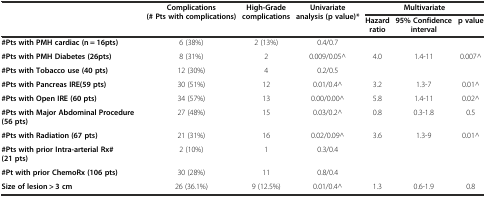
| <ROWSPAN=2>  | <ROWSPAN=2> Complications (# Pts with complications) | <ROWSPAN=2> High-Grade complications | <ROWSPAN=2> Univariate analysis (p value)* | <COLSPAN=3> Multivariate |
 | Hazard ratio | 95% Confidence interval | p value |
 | --- | --- | --- | --- | --- | --- | --- |
 | #Pts with PMH cardiac (n = 16pts) | 6 (38%) | 2 (13%) | 0.4/0.7 |  |  |  |
 | #Pts with PMH Diabetes (26pts) | 8 (31%) | 2 | 0.009/0.05^ | 4.0 | 1.4-11 | 0.007^ |
 | #Pts with Tobacco use (40 pts) | 12 (30%) | 4 | 0.2/0.5 |  |  |  |
 | #Pts with Pancreas IRE(59 pts) | 30 (51%) | 12 | 0.01/0.4^ | 3.2 | 1.3-7 | 0.01^ |
 | #Pts with Open IRE (60 pts) | 34 (57%) | 13 | 0.00/0.00^ | 5.8 | 1.4-11 | 0.02^ |
 | #Pts with Major Abdominal Procedure (56 pts) | 27 (48%) | 15 | 0.03/0.2^ | 0.8 | 0.3-1.8 | 0.5 |
 | #Pts with Radiation (67 pts) | 21 (31%) | 16 | 0.02/0.09^ | 3.6 | 1.3-9 | 0.01^ |
 | #Pts with prior Intra-arterial Rx# (21 pts) | 2 (10%) | 1 | 0.3/0.4 |  |  |  |
 | #Pt with prior ChemoRx (106 pts) | 30 (28%) | 11 | 0.8/0.4 |  |  |  |
 | Size of lesion > 3 cm | 26 (36.1%) | 9 (12.5%) | 0.01/0.4^ | 1.3 | 0.6-1.9 | 0.8 |